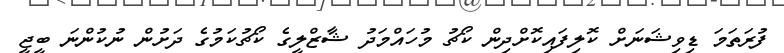
ފުރަތަމަ ޑިވިޝަނަށް ކޮލިފައިކޮށްދިން ކޯޗު މުހައްމަދު ޝާޒްލީގެ ކޯޗުކަމުގެ ދަށުން ނުކުންނަ ބީޖީ